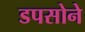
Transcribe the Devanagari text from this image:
डपसोने